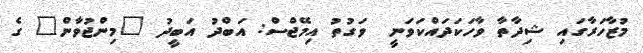
މުޒާހަރާގައި ޝިދާތާ ވާހަކަދައްކަވަނީ  ވަގުތު އިމޭޖްސް: އަބްދު އަބީދު "މިންޖުވާން" ގެ